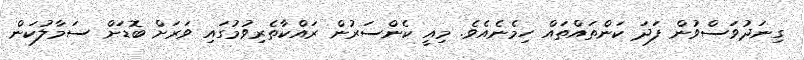
ގިނަދުވަސްވުން ފަދަ ކަންތައްތައް ހިމެނެއެވެ. މިއީ ކެންސަރުން ރައްކާތެރިވުމުގައި ވަރަށް ބޮޑަށް ސަމާލުކަން